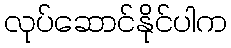
လုပ်ဆောင်နိုင်ပါက